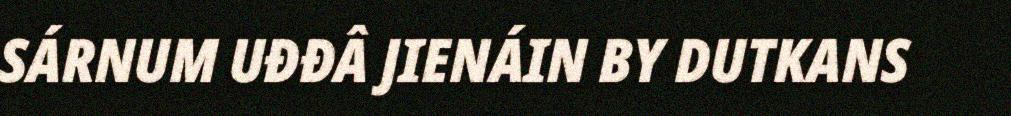
SÁRNUM UĐĐÂ JIENÁIN BY DUTKANS